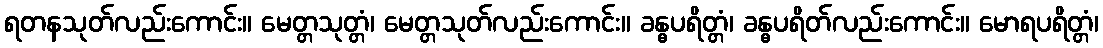
ရတနသုတ်လည်းကောင်း။ မေတ္တသုတ္တံ၊ မေတ္တသုတ်လည်းကောင်း။ ခန္ဓပရိတ္တံ၊ ခန္ဓပရိတ်လည်းကောင်း။ မောရပရိတ္တံ၊